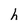
Character: h